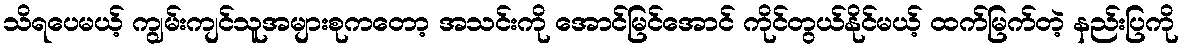
သိရပေမယ့် ကျွမ်းကျင်သူအများစုကတော့ အသင်းကို အောင်မြင်အောင် ကိုင်တွယ်နိုင်မယ့် ထက်မြက်တဲ့ နည်းပြကို